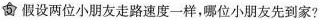
5 假设两位小朋友走路速度一样，哪位小朋友先到家？